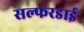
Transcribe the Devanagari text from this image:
सल्फरडाई